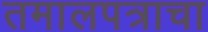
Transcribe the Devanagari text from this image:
तमालपत्राचा